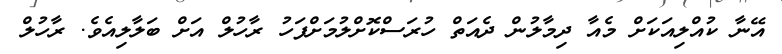
އޭނާ ކުއްލިއަކަށް މެއާ ދިމާލުން ދެއަތް ހުރަސްކޮށްލުމަށްފަހު ރާހުލް އަށް ބަލާލިއެވެ. ރާހުލް